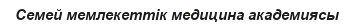
Семей мемлекеттік медицина академиясы